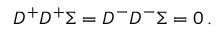
{ \cal D } ^ { + } { \cal D } ^ { + } \Sigma = { \cal D } ^ { - } { \cal D } ^ { - } \Sigma = 0 \, .